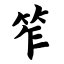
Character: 笮